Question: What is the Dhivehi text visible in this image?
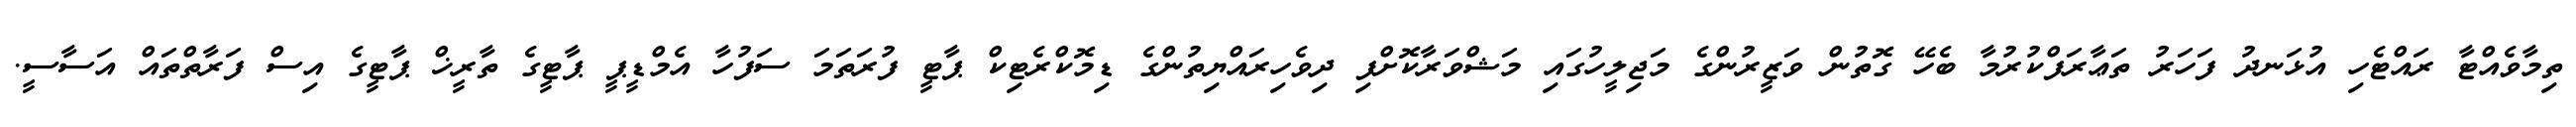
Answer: ތިމާވެއްޓާ ރައްޓެހި އުޅަނދު ފަހަރު ތަޢާރަފްކުރުމާ ބެހޭ ގޮތުން ވަޒީރުންގެ މަޖިލީހުގައި މަޝްވަރާކޮށްފި ދިވެހިރައްޔިތުންގެ ޑިމޮކްރެޓިކް ޕާޓީ ފުރަތަމަ ސަފުހާ އެމްޑީޕީ ޕާޓީގެ ތާރީޚް ޕާޓީގެ އިސް ފަރާތްތައް އަސާސީ.